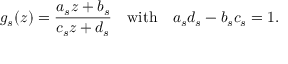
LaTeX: g _ { s } ( z ) = \frac { a _ { s } z + b _ { s } } { c _ { s } z + d _ { s } } \quad \mathrm { { w i t h } } \quad a _ { s } d _ { s } - b _ { s } c _ { s } = 1 .